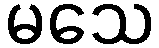
မသေ